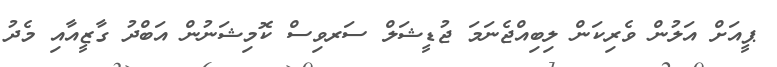
ޕީއަށް އަލުން ވެރިކަން ލިބިއްޖެނަމަ ޖުޑީޝަލް ސަރވިސް ކޮމިޝަނުން އަބްދު ގާޒީއާއި މެދު